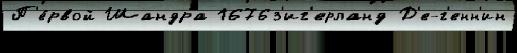
П'е́рвой Шандра 1676з'иг'ерланд Д'е-г'енн'ин